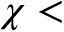
\chi <